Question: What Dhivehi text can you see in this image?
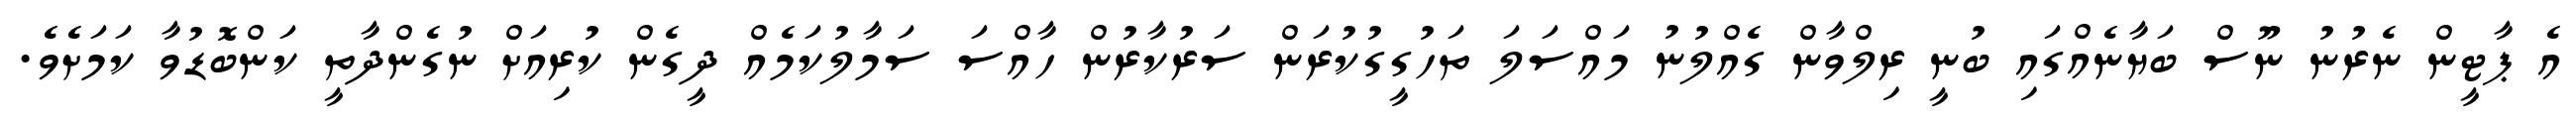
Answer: އެ ޕާޓީން ނެރުނު ނޫސް ބަޔާނެއްގައި ބުނީ ރިލްވާން ގެއްލުނު މައްސަލަ ތަހުގީގުކުރަން ސަރުކާރުން ހާއްސަ ސަމާލުކަމެއް ދީގެން ކުރިއަށް ނުގެންދާތީ ކަންބޮޑުވާ ކަމަށެވެ.